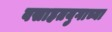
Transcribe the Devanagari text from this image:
वसाहतयुगाच्या